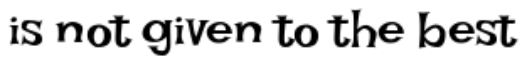
is not given to the best